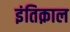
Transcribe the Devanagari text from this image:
इंतिक़ाल